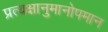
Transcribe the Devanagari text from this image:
प्रत्यक्षानुमानोपमान